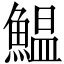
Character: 鰛